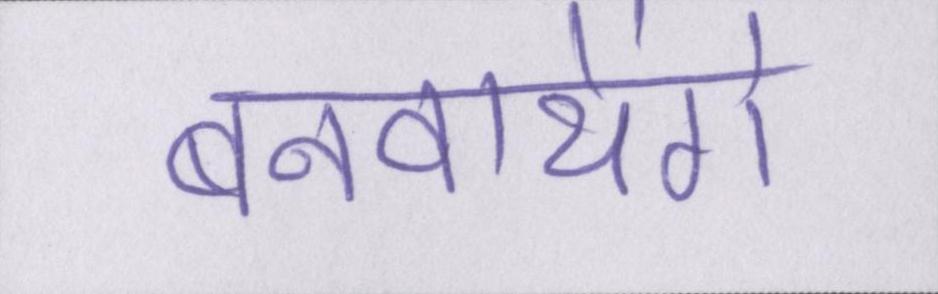
बनवायेंगे